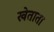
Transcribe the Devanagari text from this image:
खेताता